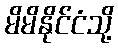
မိမိနိုင်ငံသို့